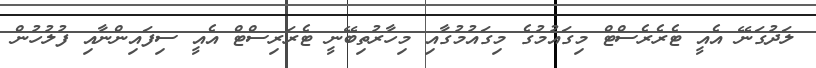
ލަދުގަނޭ އެއީ ޓެރެރެސްޓް މިގައުމުގެ މިގައުމުގާއި މިހާރުތިބޭނީ ޓެރަރިސްޓް އެއީ ސިފައިންނާއި ފުލުހުން